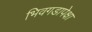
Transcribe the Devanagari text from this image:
भिवगडापेक्षा